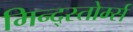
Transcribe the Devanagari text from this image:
मिन्द्स्तोर्म्स